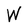
Character: W